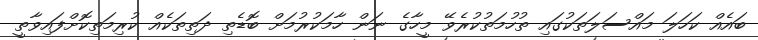
ބައެއް ކަހަލަ މައްސަލަތަކުގައި ތުހުމަތުކުރެވޭ މީހާގެ ނަން ހާމަކުރުމަށް ބޮޑެތި ދަތިތަކެއް ކުރިމަތިކޮށްފައިވާތީ